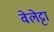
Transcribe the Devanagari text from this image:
वेलेट्टा